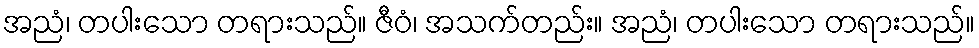
အညံ၊ တပါးသော တရားသည်။ ဇီဝံ၊ အသက်တည်း။ အညံ၊ တပါးသော တရားသည်။